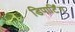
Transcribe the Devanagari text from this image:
डिपार्टिंग